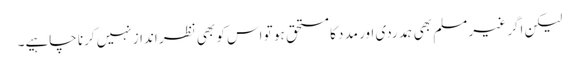
لیکن اگر غیر مسلم بھی ہمدردی اور مدد کا مستحق ہو تو اس کو بھی نظر انداز نہیں کرنا چاہیے۔